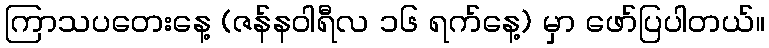
ကြာသပတေးနေ့ (ဇန်နဝါရီလ ၁၆ ရက်နေ့) မှာ ဖော်ပြပါတယ်။